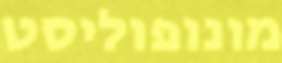
מונופוליסט